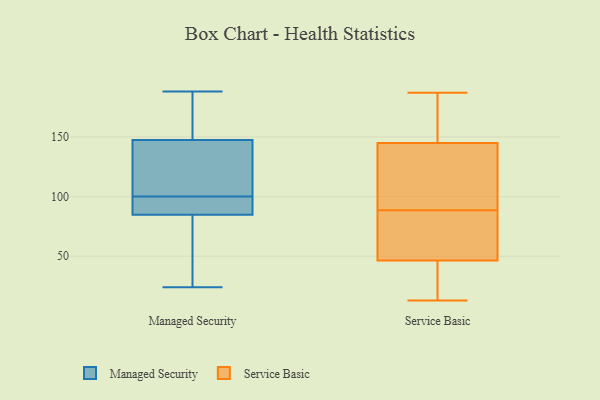
{"axis": {"x": "Temperature (°C)", "y": "Value"}, "legend": ["Managed Security", "Service Basic"], "data": [{"x": "", "y": 100, "type": "Managed Security"}, {"x": "", "y": 188, "type": "Managed Security"}, {"x": "", "y": 131, "type": "Managed Security"}, {"x": "", "y": 105, "type": "Managed Security"}, {"x": "", "y": 43, "type": "Managed Security"}, {"x": "", "y": 90, "type": "Managed Security"}, {"x": "", "y": 24, "type": "Managed Security"}, {"x": "", "y": 171, "type": "Managed Security"}, {"x": "", "y": 83, "type": "Managed Security"}, {"x": "", "y": 153, "type": "Managed Security"}, {"x": "", "y": 100, "type": "Managed Security"}, {"x": "", "y": 40, "type": "Service Basic"}, {"x": "", "y": 113, "type": "Service Basic"}, {"x": "", "y": 81, "type": "Service Basic"}, {"x": "", "y": 164, "type": "Service Basic"}, {"x": "", "y": 178, "type": "Service Basic"}, {"x": "", "y": 187, "type": "Service Basic"}, {"x": "", "y": 61, "type": "Service Basic"}, {"x": "", "y": 164, "type": "Service Basic"}, {"x": "", "y": 13, "type": "Service Basic"}, {"x": "", "y": 121, "type": "Service Basic"}, {"x": "", "y": 66, "type": "Service Basic"}, {"x": "", "y": 50, "type": "Service Basic"}, {"x": "", "y": 43, "type": "Service Basic"}, {"x": "", "y": 96, "type": "Service Basic"}, {"x": "", "y": 41, "type": "Service Basic"}, {"x": "", "y": 120, "type": "Service Basic"}, {"x": "", "y": 156, "type": "Service Basic"}, {"x": "", "y": 134, "type": "Service Basic"}, {"x": "", "y": 36, "type": "Service Basic"}, {"x": "", "y": 58, "type": "Service Basic"}]}